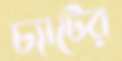
চ্যাটের